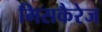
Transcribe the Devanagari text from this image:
मिसकैरेज